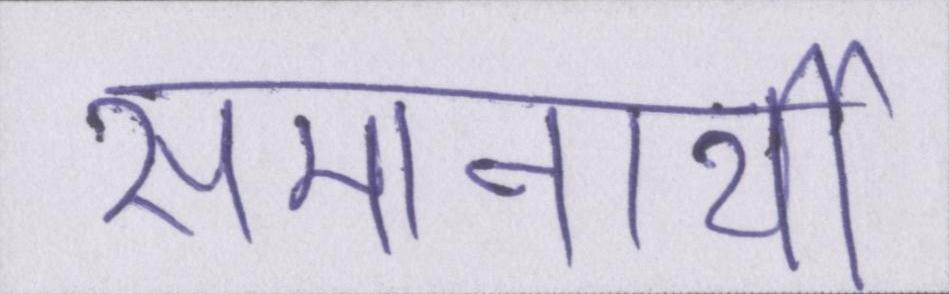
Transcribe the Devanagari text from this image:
समानार्थी